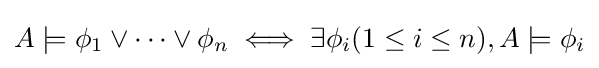
A\models \phi _{1}\lor \dots \lor \phi _{n}\iff \exists \phi _{i}(1\leq i\leq n),A\models \phi _{i}